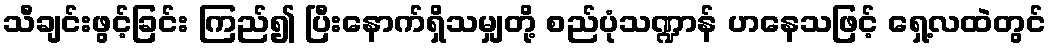
သီချင်းဖွင့်ခြင်း ကြည်၍ ပြီးနောက်ရှိသမျှတို့ စည်ပုံသဏ္ဍာန် ဟနေသဖြင့် ရှေ့လထဲတွင်